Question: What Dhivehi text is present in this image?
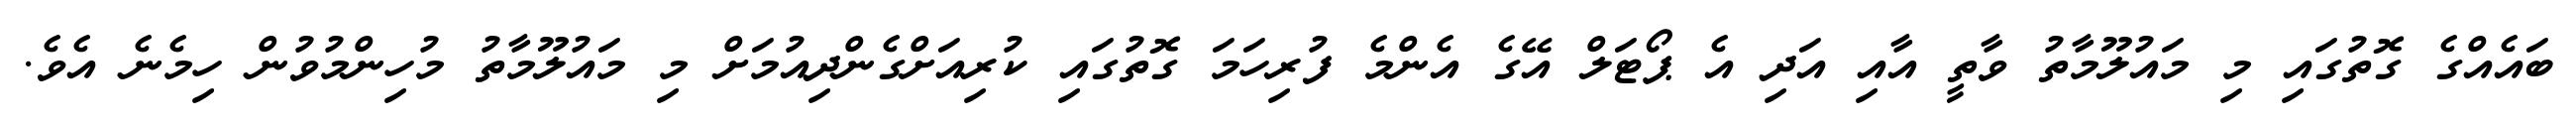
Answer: ބައެއްގެ ގޮތުގައި މި މައުލޫމާތު ވާތީ އާއި އަދި އެ ޕޯޓަލް އޭގެ އެންމެ ފުރިހަމަ ގޮތުގައި ކުރިއަށްގެންދިއުމަށް މި މައުލޫމާތު މުހިންމުވުން ހިމެނެ އެވެ.